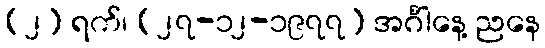
(၂) ရက်၊ (၂၇-၁၂-၁၉၇၇) အင်္ဂါနေ့ ညနေ